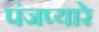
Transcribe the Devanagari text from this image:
पंजप्यारे